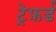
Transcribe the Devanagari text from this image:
ट्रेफ़र्ड